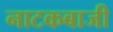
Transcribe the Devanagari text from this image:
नाटकबाजी